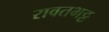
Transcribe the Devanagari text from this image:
रावतभट्ट